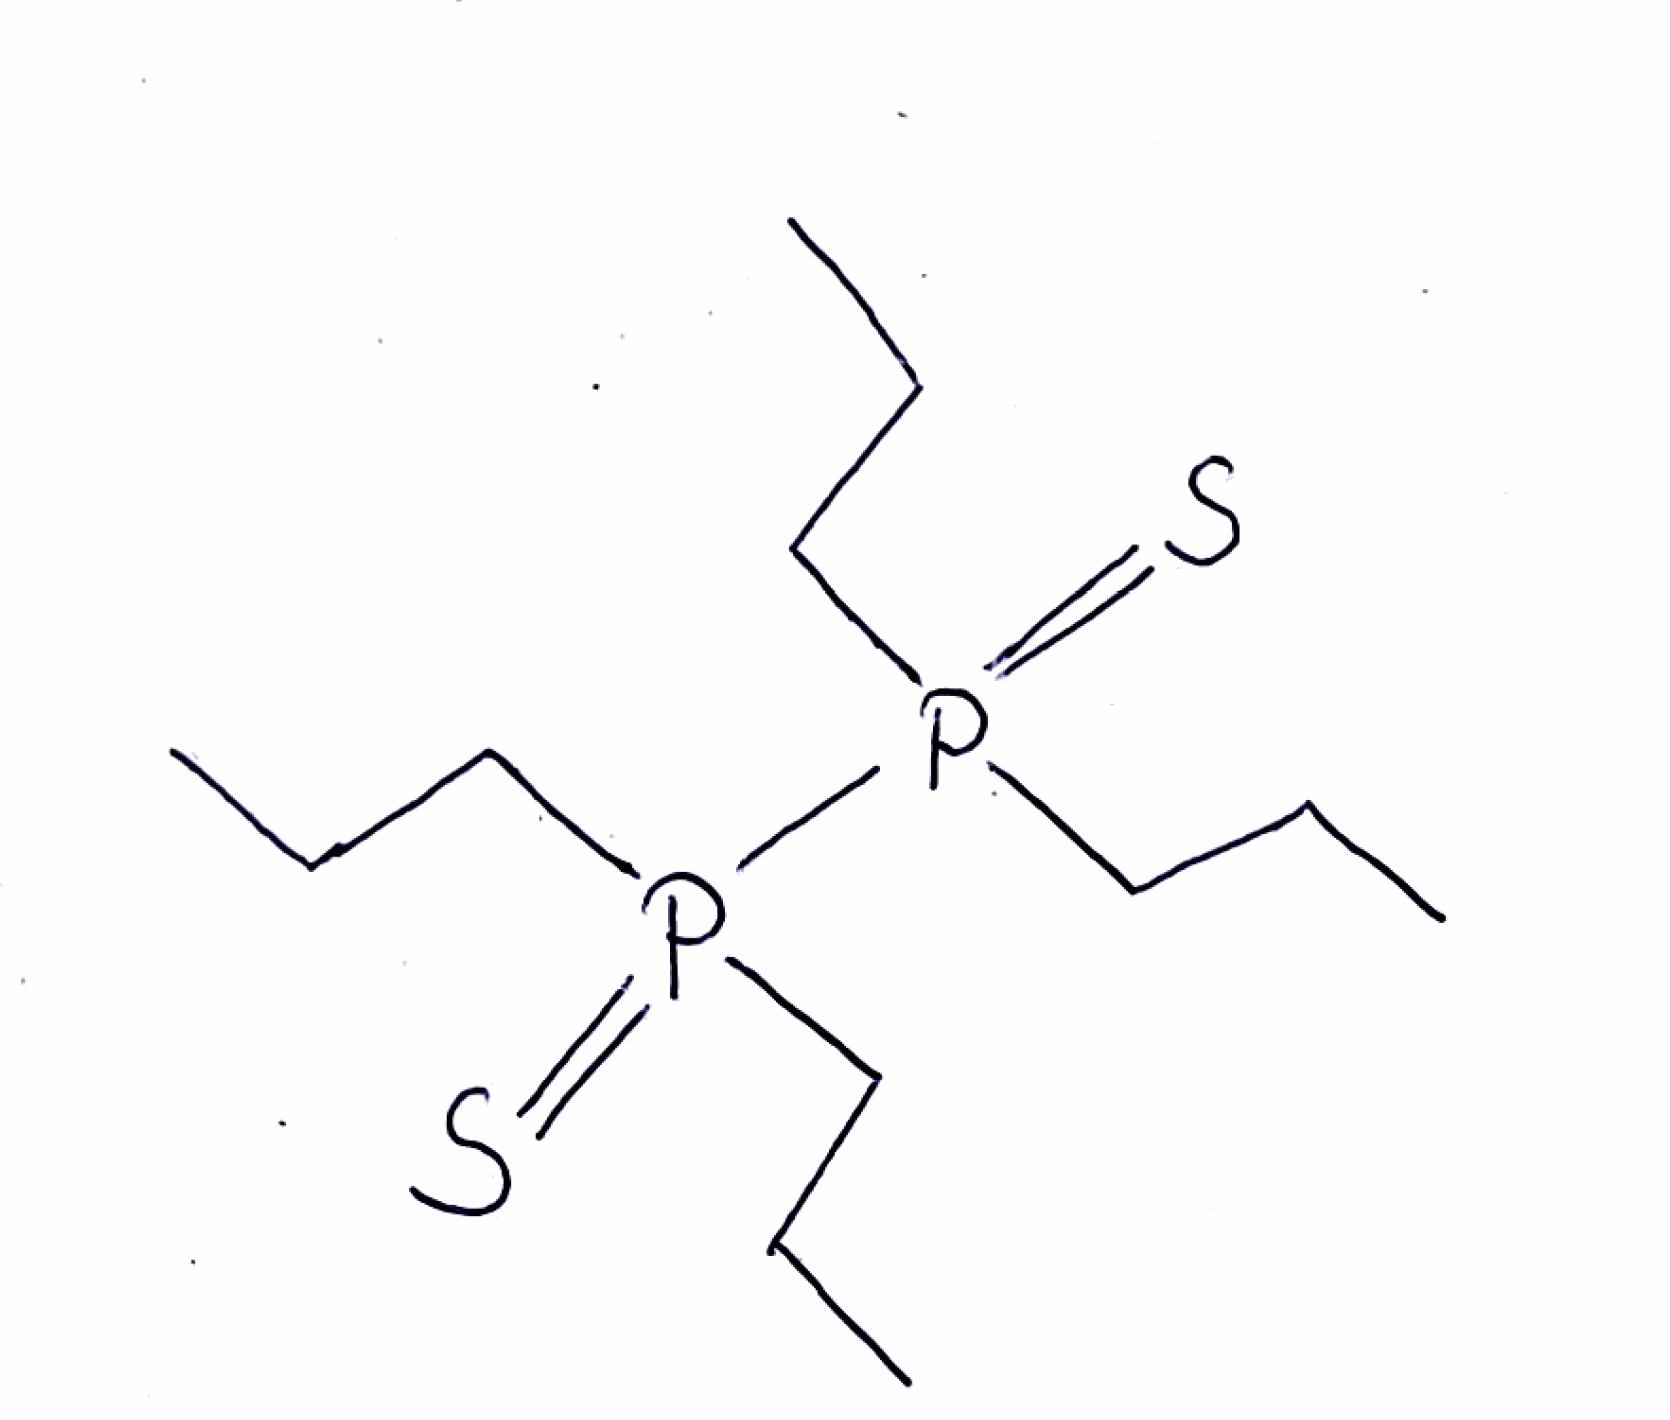
Simplified molecular-input line-entry system (SMILES) notation of the given molecule:
CCCP(=S)(CCC)P(=S)(CCC)CCC